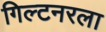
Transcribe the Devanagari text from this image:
गिल्टनरला